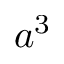
a ^ { 3 }